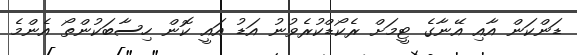
ޑަންކަން އާއި އޭނާގެ ޓީމަށް ރެކޯޑްކުރެވުނު އަޑު އައީ ކޮން ހިސާބަކުންތޯ އެންމެ